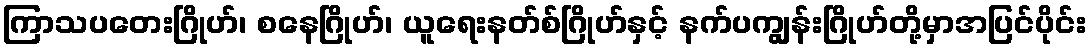
ကြာသပတေးဂြိုဟ်၊ စနေဂြိုဟ်၊ ယူရေးနတ်စ်ဂြိုဟ်နှင့် နက်ပကျွန်းဂြိုဟ်တို့မှာအပြင်ပိုင်း